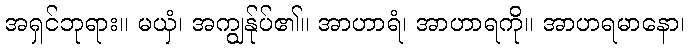
အရှင်ဘုရား။ မယှံ၊ အကျွန်ုပ်၏။ အာဟာရံ၊ အာဟာရကို။ အာဟရမာနော၊